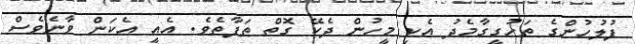
ފުލުހުންގެ ތަހުގީގާމެދު އެކި މީހުން ދެކޭ ގޮތް ތަފާތެވެ. އެއީ އެކަން ވާނެވެސް